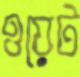
ওয়েট